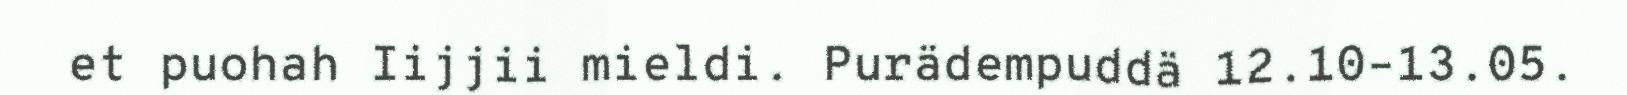
et puohah Iijjii mieldi. Purädempuddä 12.10–13.05.